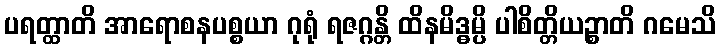
ပရတ္ထာတိ အာရောစနပစ္စယာ ဂုရုံ ရဇဂ္ဂန္တိ ထိနမိဒ္ဓမ္ပိ ပါစိတ္တိယဉ္စာတိ ဂမေသိ